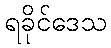
ရခိုင်ဒေသ